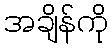
အချိန်ကို